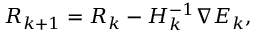
\boldsymbol { R } _ { k + 1 } = \boldsymbol { R } _ { k } - { H } _ { k } ^ { - 1 } \nabla { E } _ { k } ,